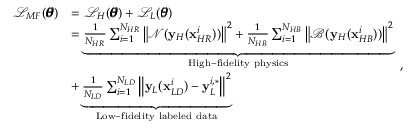
\begin{array} { r l } { \mathcal { L } _ { M F } ( \pmb { \theta } ) } & { = \mathcal { L } _ { H } ( \pmb { \theta } ) + \mathcal { L } _ { L } ( \pmb { \theta } ) } \\ & { = \underbrace { \frac { 1 } { N _ { H R } } \sum _ { i = 1 } ^ { N _ { H R } } { \left\| \mathcal { N } ( \mathbf { y } _ { H } ( \mathbf { x } _ { H R } ^ { i } ) ) \right\| ^ { 2 } } + \frac { 1 } { N _ { H B } } \sum _ { i = 1 } ^ { N _ { H B } } { \left\| \mathcal { B } ( \mathbf { y } _ { H } ( \mathbf { x } _ { H B } ^ { i } ) ) \right\| ^ { 2 } } } _ { \mathrm { H i g h - f i d e l i t y ~ p h y s i c s } } } \\ & { + \underbrace { \frac { 1 } { N _ { L D } } \sum _ { i = 1 } ^ { N _ { L D } } { \left\| \mathbf { y } _ { L } ( \mathbf { x } _ { L D } ^ { i } ) - \mathbf { y } _ { L } ^ { i , * } \right\| ^ { 2 } } } _ { \mathrm { L o w - f i d e l i t y ~ l a b e l e d ~ d a t a } } } \end{array} ,